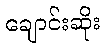
ချောင်းဆိုး